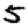
Digit: 5